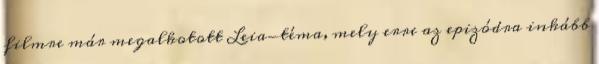
filmre már megalkotott Leia-téma, mely erre az epizódra inkább